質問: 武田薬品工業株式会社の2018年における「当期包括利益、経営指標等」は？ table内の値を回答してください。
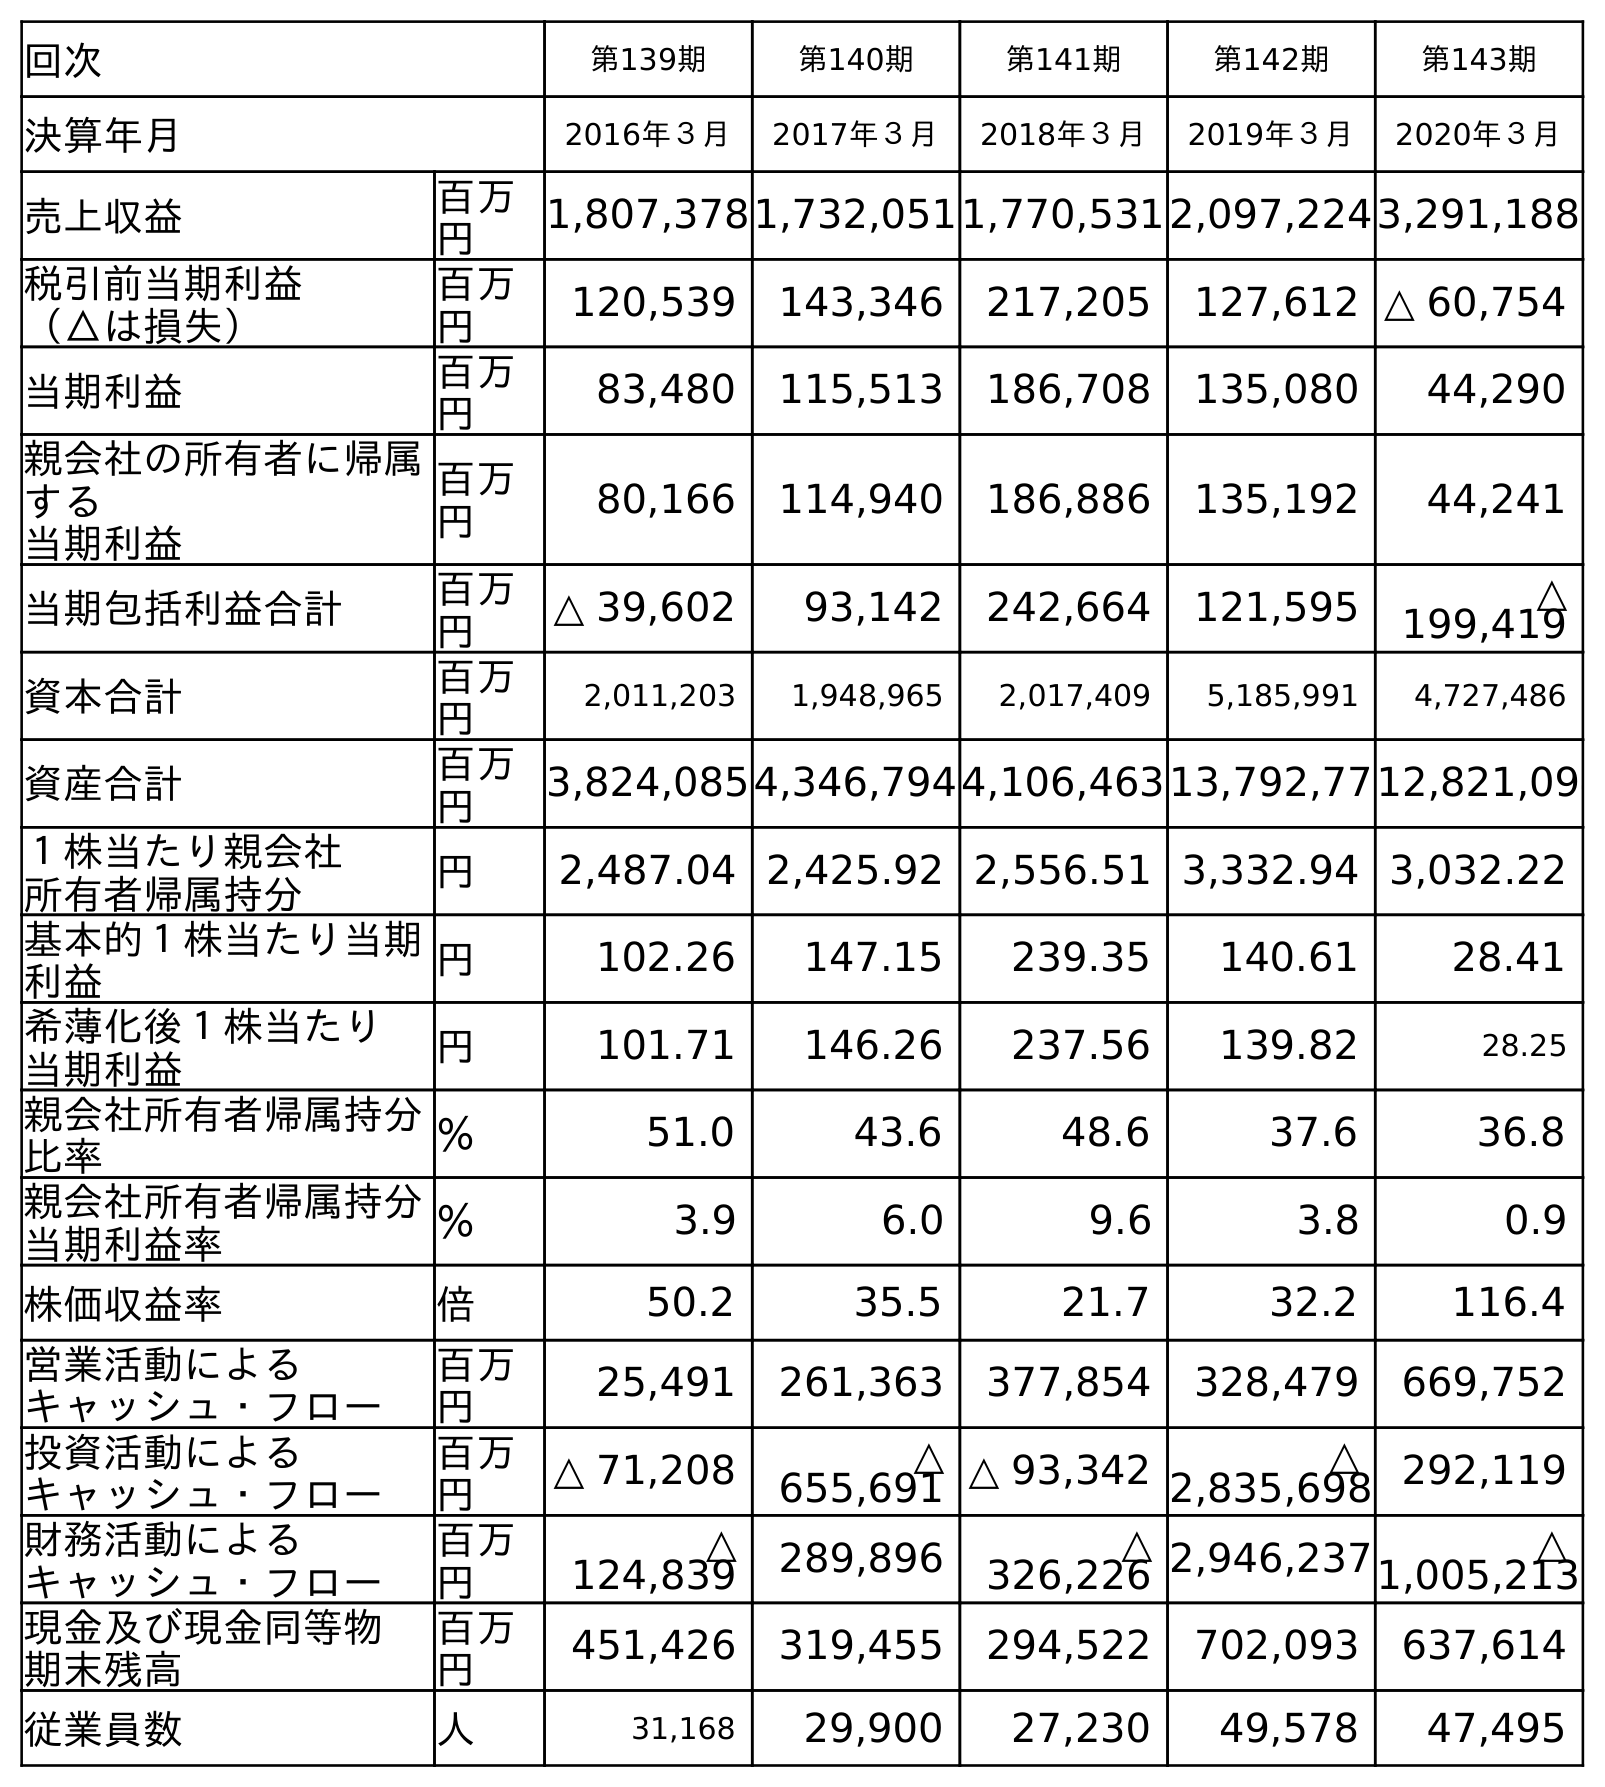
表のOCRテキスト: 回次 第139期 第140期 第141期 第142期 第143期 決算年月 2016年３月 2017年３月 2018年３月 2019年３月 2020年３月 売上収益 百万 円 1,807,3781,732,0511,770,5312,097,2243,291,188 税引前当期利益 （△は損失） 百万 円 120,539 143,346 217,205 127,612 △ 60,754 当期利益 百万 円 83,480 115,513 186,708 135,080 44,290 親会社の所有者に帰属 する 当期利益 百万 円 80,166 114,940 186,886 135,192 44,241 当期包括利益合計 百万 円 △ 39,602 93,142 242,664 121,595 △ 199,419 資本合計 百万 円 2,011,203 1,948,965 2,017,409 5,185,991 4,727,486 資産合計 百万 円 3,824,0854,346,7944,106,46313,792,7712,821,09 １株当たり親会社 所有者帰属持分 円 2,487.04 2,425.92 2,556.51 3,332.94 3,032.22 基本的１株当たり当期 利益 円 102.26 147.15 239.35 140.61 28.41 希薄化後１株当たり 当期利益 円 101.71 146.26 237.56 139.82 28.25 親会社所有者帰属持分 比率 ％ 51.0 43.6 48.6 37.6 36.8 親会社所有者帰属持分 当期利益率 ％ 3.9 6.0 9.6 3.8 0.9 株価収益率 倍 50.2 35.5 21.7 32.2 116.4 営業活動による キャッシュ・フロー 百万 円 25,491 261,363 377,854 328,479 669,752 投資活動による キャッシュ・フロー 百万 円 △ 71,208 △ 655,691 △ 93,342 △ 2,835,698 292,119 財務活動による キャッシュ・フロー 百万 円 △ 124,839 289,896 △ 326,226 2,946,237 △ 1,005,213 現金及び現金同等物 期末残高 百万 円 451,426 319,455 294,522 702,093 637,614 従業員数 人 31,168 29,900 27,230 49,578 47,495
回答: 242,664